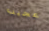
عجيب